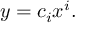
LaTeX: y = c _ { i } x ^ { i } .